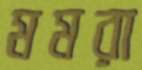
মমরা